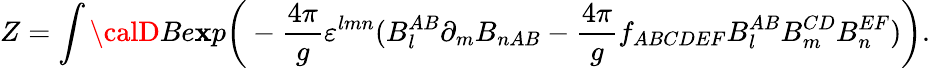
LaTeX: Z=\int{\calD}Be\mathbf{x}p\bigg(-{\frac{{4\pi}}{{g}}}\varepsilon^{lmn}(B_{l}^{AB}\partial_{m}B_{nAB}-{\frac{{4\pi}}{{g}}}f_{ABCDEF}B_{l}^{AB}B_{m}^{CD}B_{n}^{EF})\bigg).